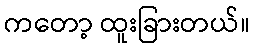
ကတော့ ထူးခြားတယ်။